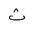
Letter: _tha